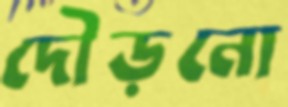
দৌড়নো